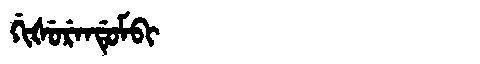
Manchu: ᡤᡳᡧᡠᡵᡝᠨᡩᡠᠮᠪᡳ
Romanization: GIŠURENDUMBI